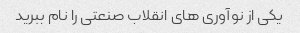
یکی از نوآوری های انقلاب صنعتی را نام ببرید